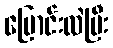
ပြောင်းလဲပြီး